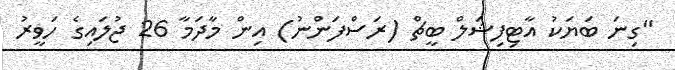
"ގިނަ ބަޔަކު އާޓިފިޝަލް ބީޗް (ރަސްފަންނު) އިން މާދަމާ 26 ޖުލައިގެ ހަވީރު